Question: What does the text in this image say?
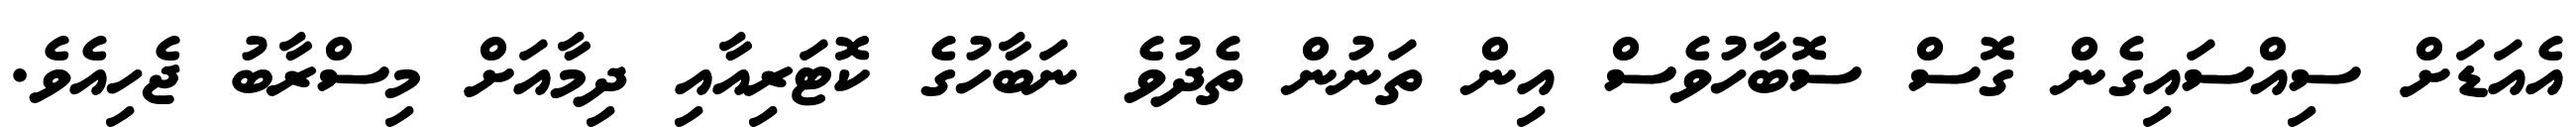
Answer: އެއަޑަށް ސިއްސައިގެން ގޮސް ސޮބާހުވެސް އިން ތަނުން ތެދުވެ ނަބާހުގެ ކޮޓަރިއާއި ދިމާއަށް މިސްރާބު ޖެހިއެވެ.